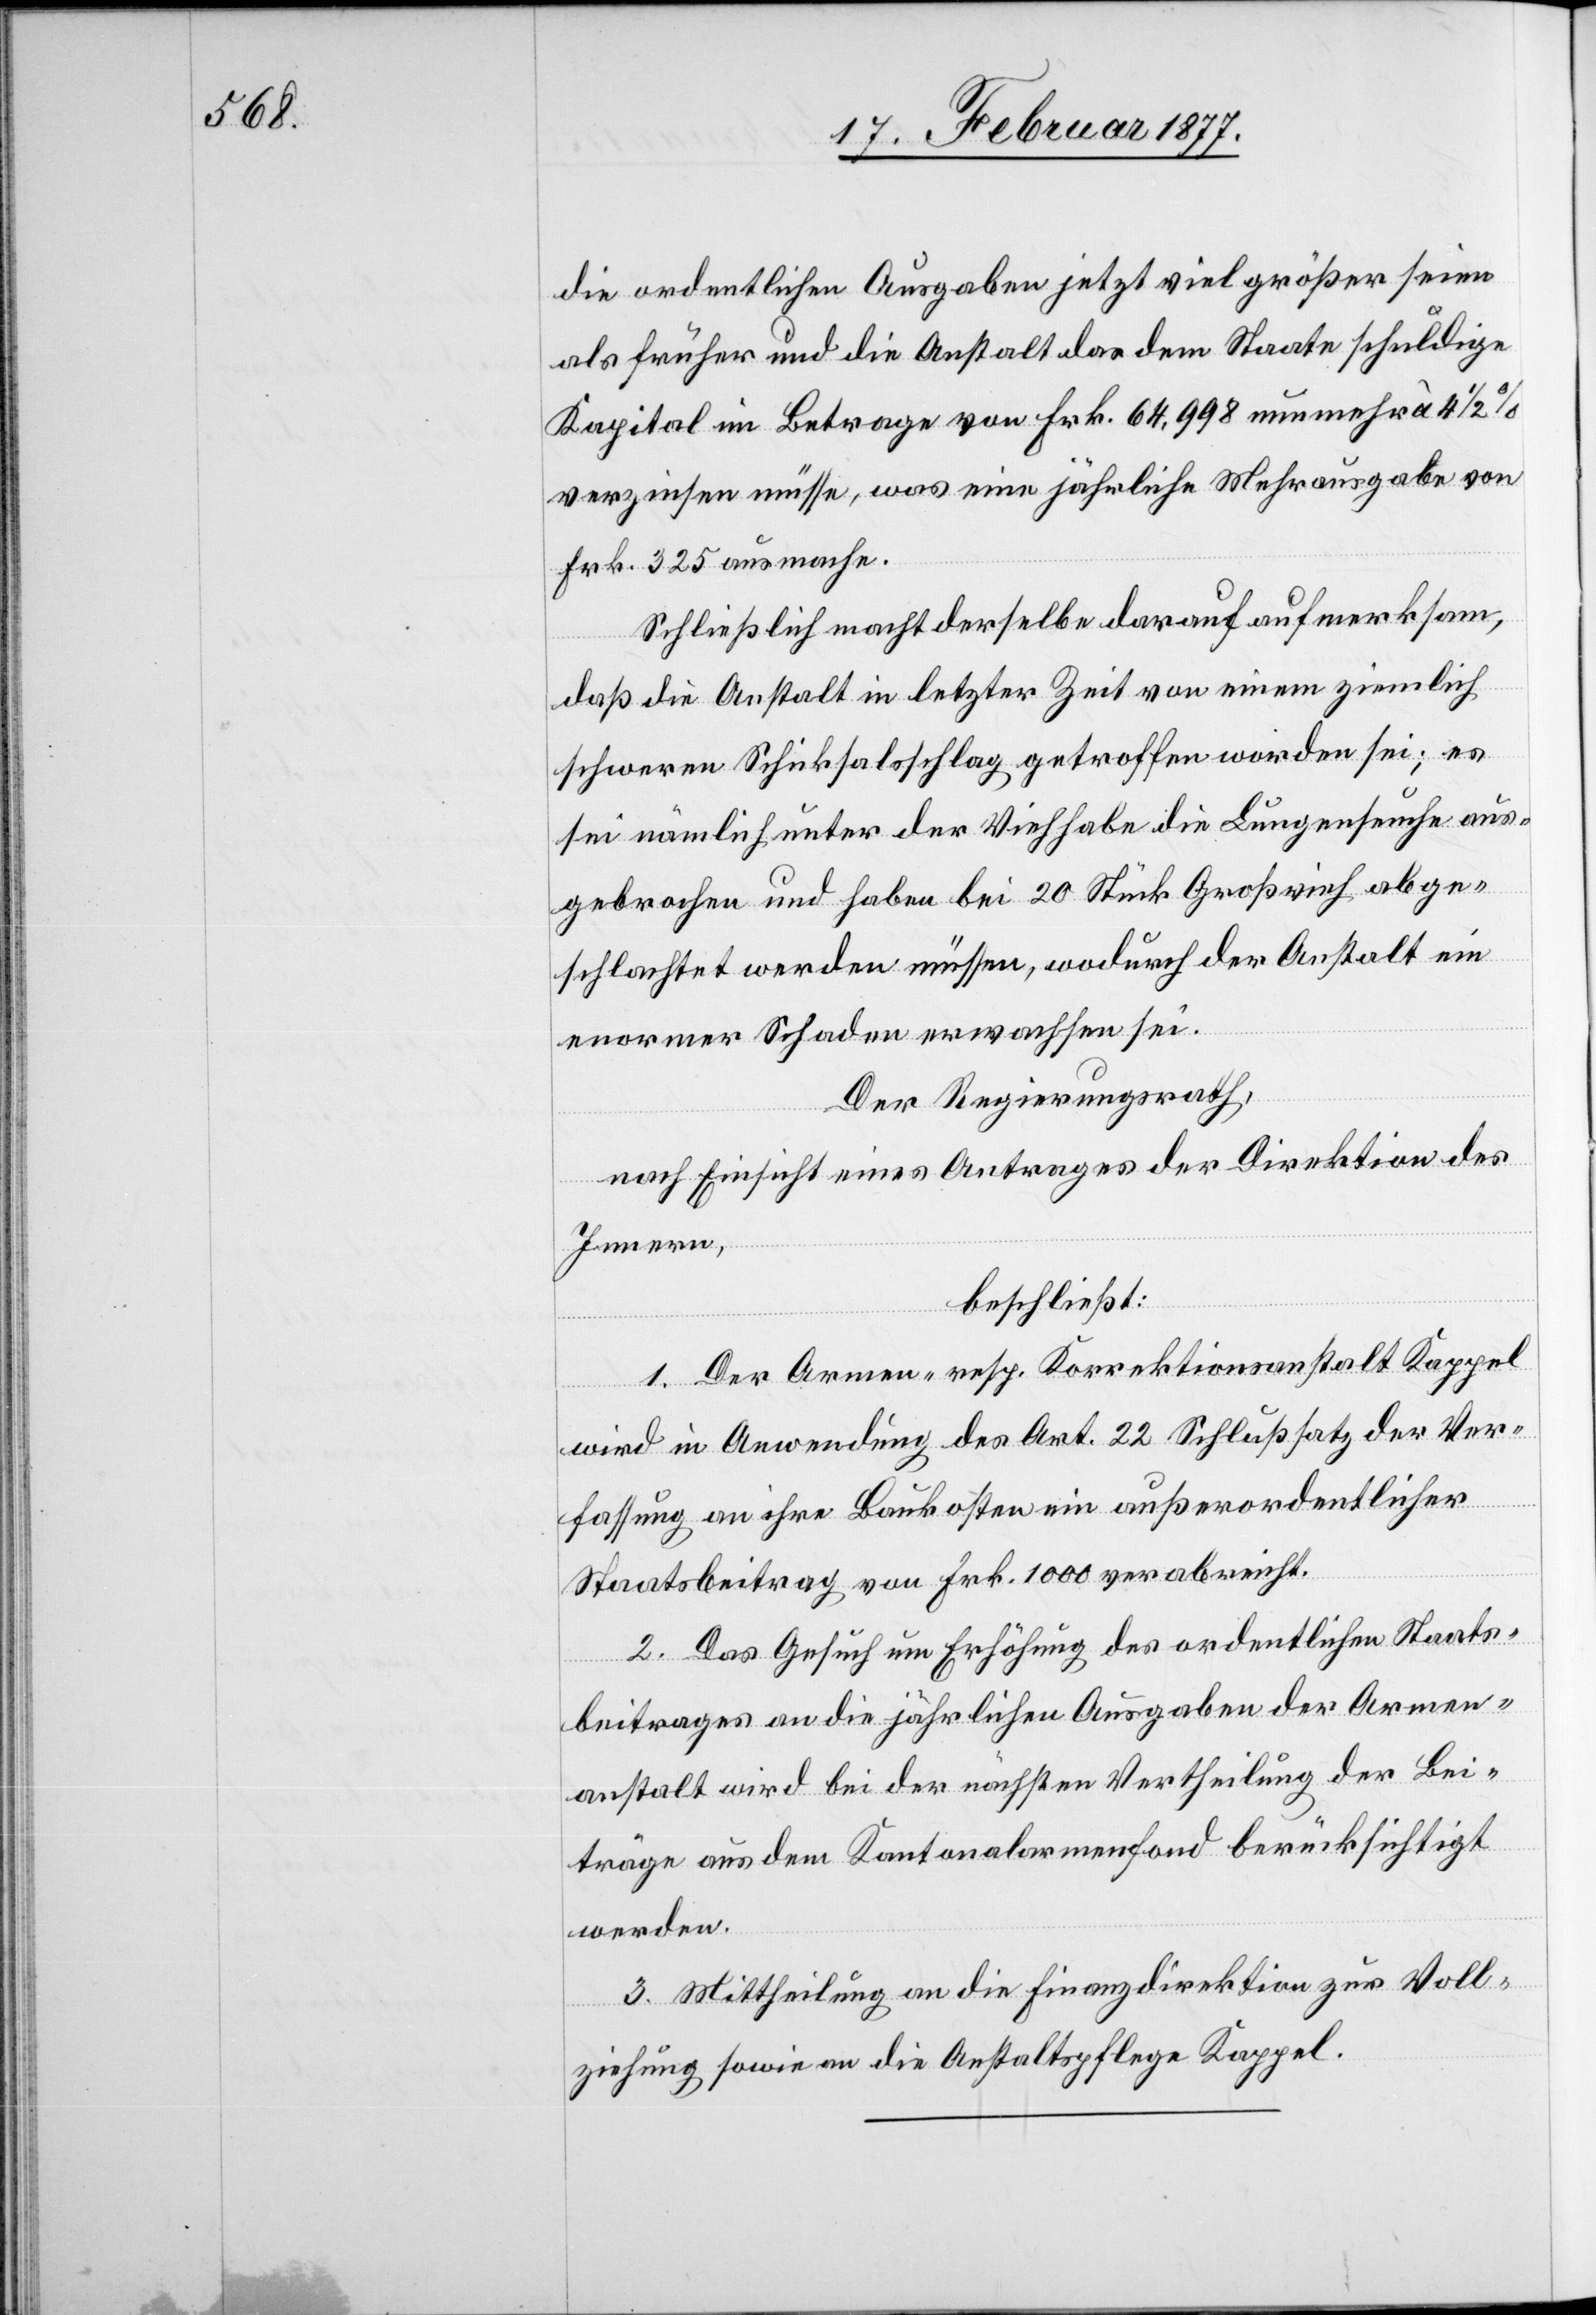
die ordentlichen Ausgaben jetzt viel größer seien
als früher und die Anstalt das dem Staate schuldige
Kapital im Betrag von Frk. 64,998 nunmehr à 4
verzinsen müsse, was eine jährliche Mehrausgabe von
Frk. 325 ausmache.
Schließlich macht derselbe darauf aufmerksam,
daß die Anstalt in letzter Zeit von einem ziemlich
schweren Schicksalsschlag getroffen worden sei; es
sei nämlich unter der Viehhabe die Lungenseuche aus¬
gebrochen und haben bei 20 Stück Großvieh abge¬
schlachtet werden müssen, wodurch der Anstalt ein
enormer Schaden erwachsen sei.
Der Regierungsrath,
nach Einsicht eines Antrages der Direktion des
Innern,
beschließt:
1. Der Armen- resp. Korrektionsanstalt Kappel
wird in Anwendung des Art. 22 Schlußsatz der Ver¬
fassung an ihre Baukosten ein außerordentlicher
Staatsbeitrag von Frk. 1000 verabreicht.
2. Das Gesuch um Erhöhung des ordentlichen Staats¬
beitrages an die jährlichen Ausgaben der Armen¬
anstalt wird bei der nächsten Vertheilung der Bei¬
träge aus dem Kantonalarmenfond berücksichtigt
werden.
3. Mittheilung an die Finanzdirektion zur Voll¬
ziehung sowie an die Anstaltspflege Kappel.